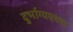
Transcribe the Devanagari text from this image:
दुर्भाग्यएवश